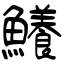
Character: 鱶